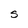
Character: S